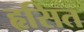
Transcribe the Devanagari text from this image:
हृसित